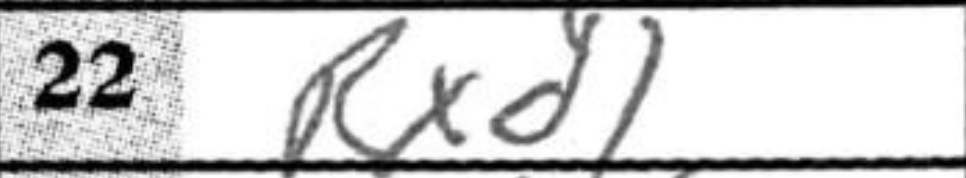
Transcription: Rxd1